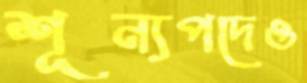
শূন্যপদেও